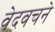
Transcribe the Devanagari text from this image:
वेदवचने